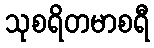
သုစရိတမာစရီ